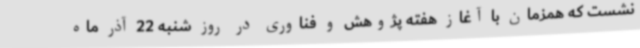
نشست که همزمان با آغاز هفته پژوهش و فناوری در روز شنبه 22 آذر ماه